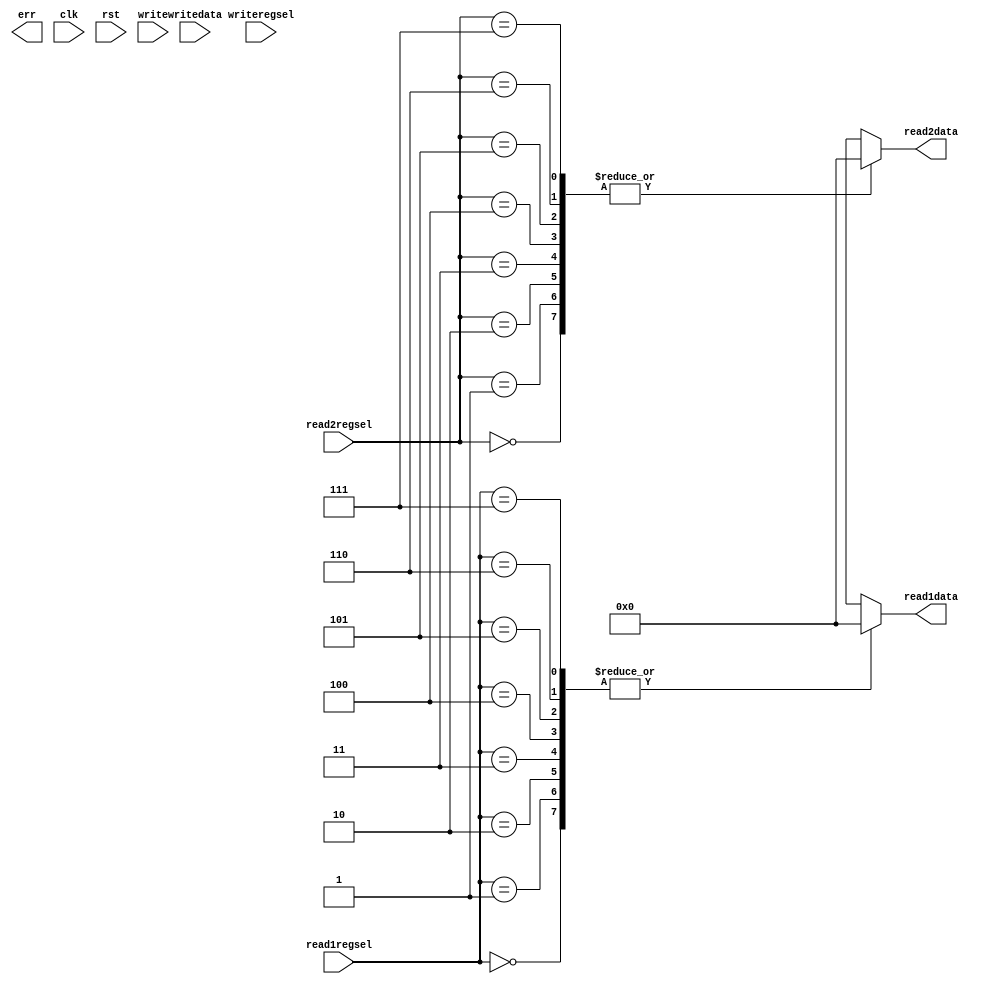

/* $Author: karu $ */
/* $LastChangedDate: 2009-03-04 23:09:45 -0600 (Wed, 04 Mar 2009) $ */
/* $Rev: 45 $ */
module rf (
           // Outputs
           read1data, read2data, err,
           // Inputs
           clk, rst, read1regsel, read2regsel, writeregsel, writedata, write
           );
   input clk, rst;
   input [2:0] read1regsel;
   input [2:0] read2regsel;
   input [2:0] writeregsel;
   input [15:0] writedata;
   input        write;

   output [15:0] read1data;
   output [15:0] read2data;
   output        err;

   // your code
   reg [15:0] regs_array[7:0];
   reg err_r;

   always @ (rst) begin
	regs_array[0] = 16'h0000;
	regs_array[1] = 16'h0000;
	regs_array[2] = 16'h0000;
	regs_array[3] = 16'h0000;
	regs_array[4] = 16'h0000;
	regs_array[5] = 16'h0000;
	regs_array[6] = 16'h0000;
	regs_array[7] = 16'h0000;
   end

   always @ (clk) begin
	case (writeregsel) 
		3'b000: regs_array[0] = (clk & write)? writedata: regs_array[0];
		3'b001: regs_array[1] = (clk & write)? writedata: regs_array[1];
		3'b010: regs_array[2] = (clk & write)? writedata: regs_array[2];
		3'b011: regs_array[3] = (clk & write)? writedata: regs_array[3];
		3'b100: regs_array[4] = (clk & write)? writedata: regs_array[4];
		3'b101: regs_array[5] = (clk & write)? writedata: regs_array[5];
		3'b110: regs_array[6] = (clk & write)? writedata: regs_array[6];
		3'b111: regs_array[7] = (clk & write)? writedata: regs_array[7];
		default: err_r = 0; 
			
	endcase
   end
//assign err = err_r;
assign read1data = regs_array[read1regsel];

assign read2data = regs_array[read2regsel];


endmodule
// DUMMY LINE FOR REV CONTROL :1: